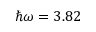
\hbar \omega = 3 . 8 2